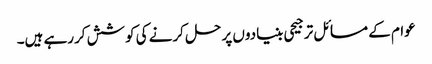
عوام کے مسائل ترجیحی بنیادوں پر حل کرنے کی کوشش کررہے ہیں۔